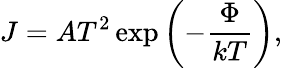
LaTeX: J=AT^{2}\exp\left(-{\frac{\Phi}{kT}}\right),